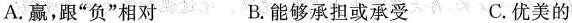
A.赢，跟”负”相对 B.能够承担或承受 C.优美的